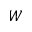
W